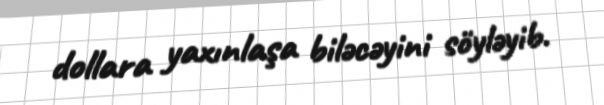
dollara yaxınlaşa biləcəyini söyləyib.